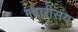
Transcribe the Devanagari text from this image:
गबारीसय